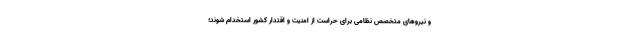
و نیروهای متخصص نظامی برای حراست از امنیت و اقتدار کشور استخدام شوند؛